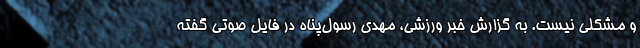
و مشکلی نیست. به گزارش خبر ورزشی، مهدی رسول‌پناه در فایل صوتی گفته